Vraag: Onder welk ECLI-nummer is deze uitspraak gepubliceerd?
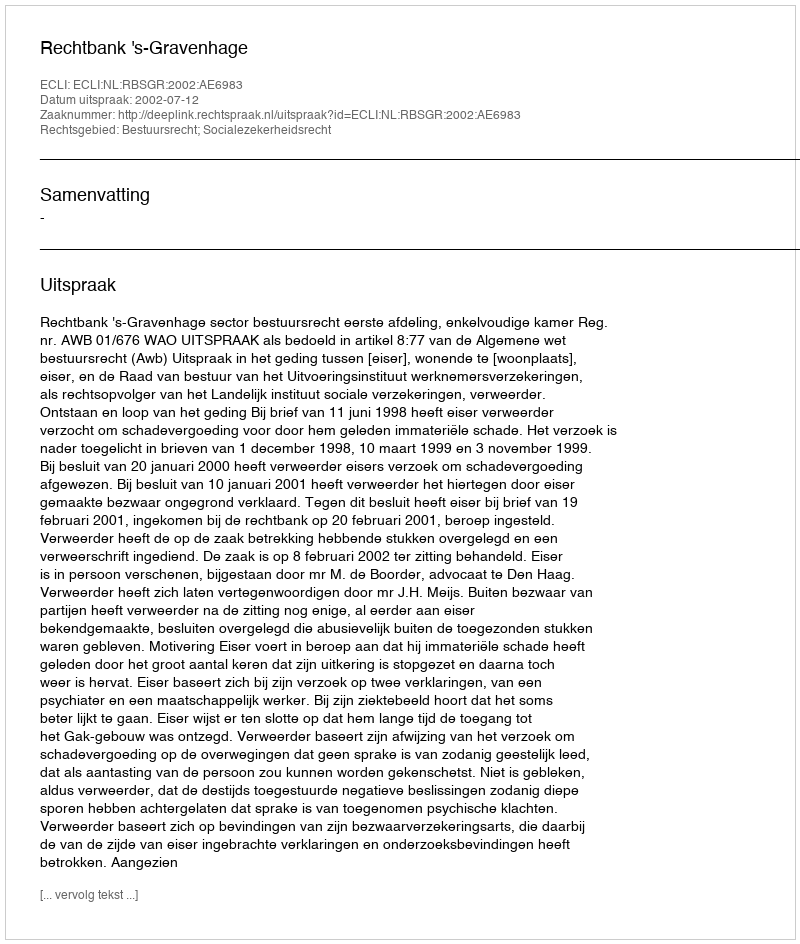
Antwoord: ECLI:NL:RBSGR:2002:AE6983